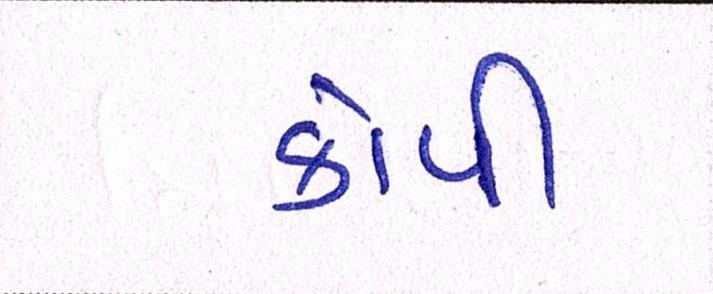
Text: કોપી